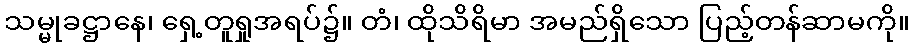
သမ္မုခဋ္ဌာနေ၊ ရှေ့တူရှုအရပ်၌။ တံ၊ ထိုသိရိမာ အမည်ရှိသော ပြည့်တန်ဆာမကို။